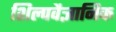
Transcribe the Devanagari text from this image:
शिल्पवैज्ञानिक